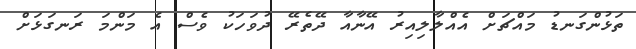
ތަަޅުންގަނޑު މައްޗަށް އެއްލާލިއިރު އޭނާއާ ދޭތެރޭ ދުވަހަކު ވެސް އެ މަންމަ ރަނގަޅަށް